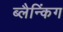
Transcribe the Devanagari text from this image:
ब्लैन्किंग